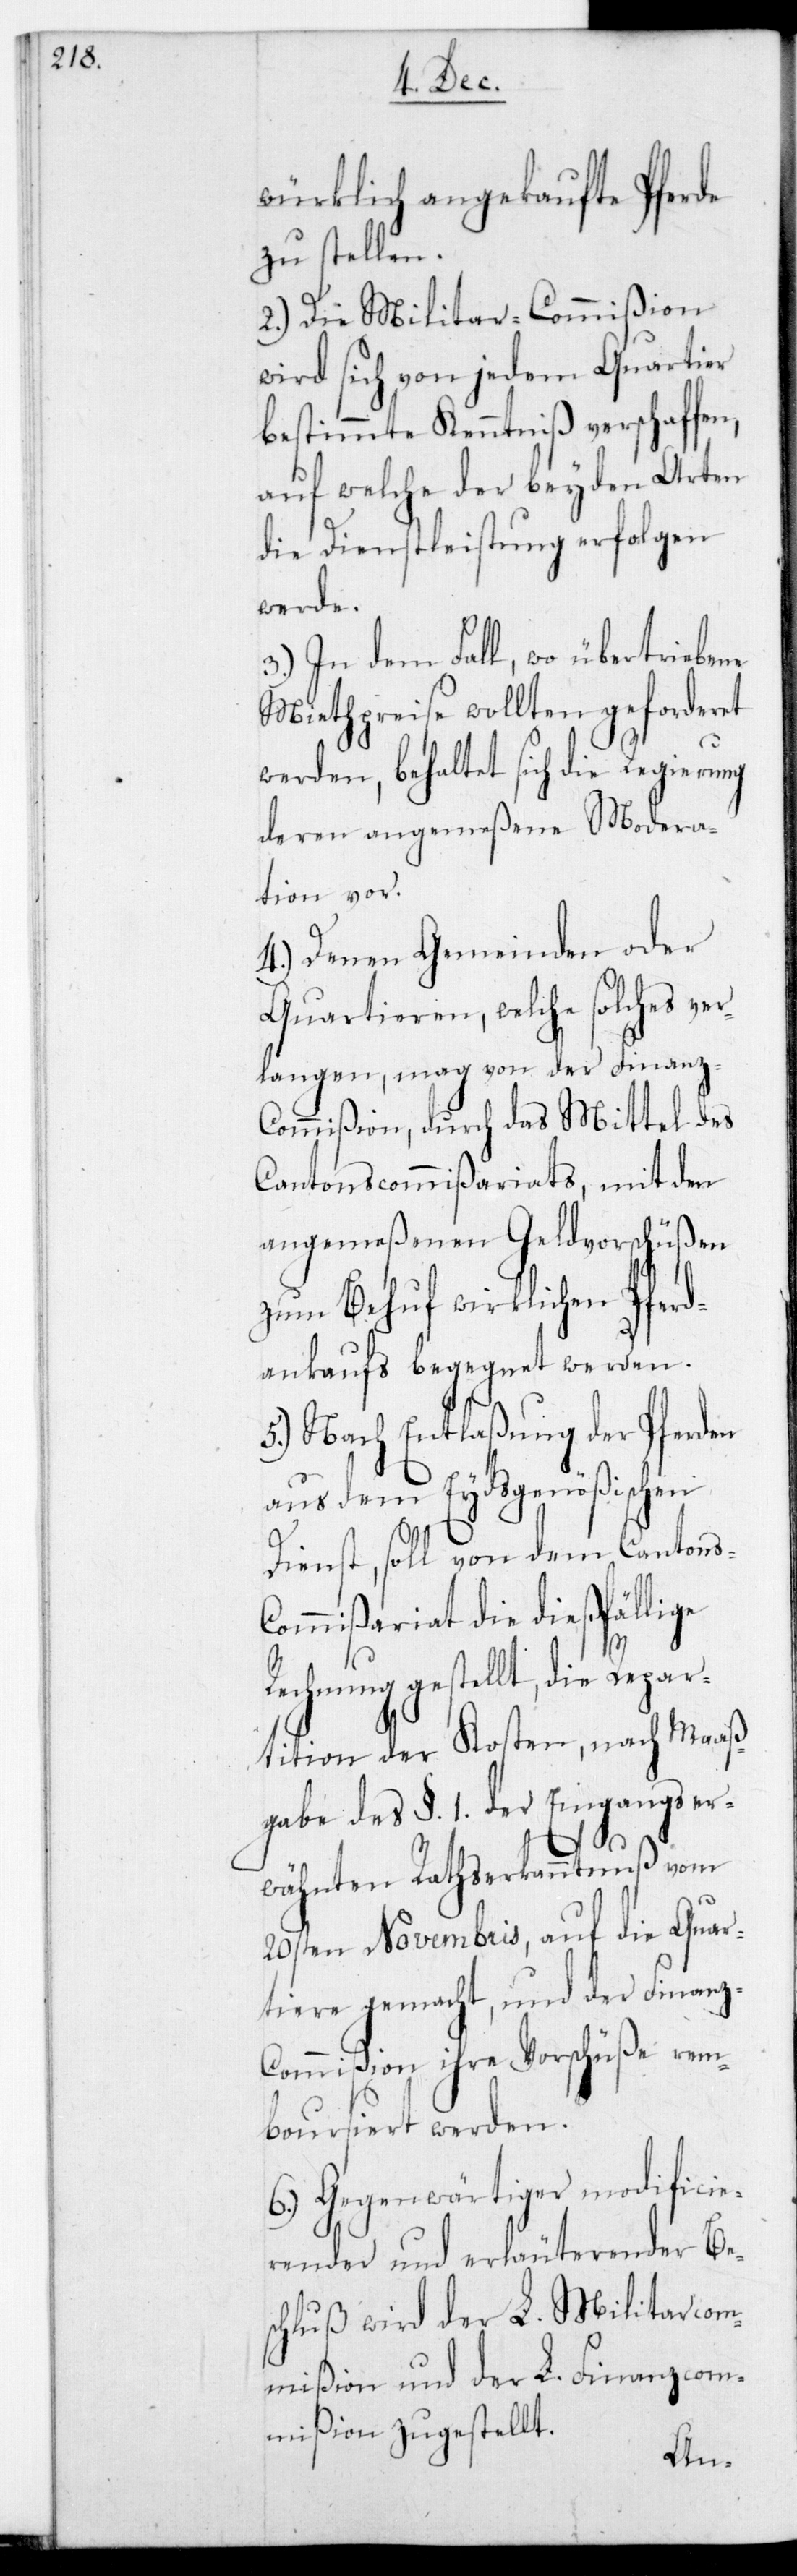
1. der
würklich angekaufte Pferde
zu stellen.
2.) Die Militar-Commißion
wird sich von jedem Quartier
bestimmte Kenntniß verschaffen,
auf welche der beyden Arten
die Dienstleistung erfolgen
werde.
3.) In dem Fall, wo übertriebene
Miehtpreise wollten geforderet
werden, behaltet sich die Regierung
deren angemeßene Modera¬
tion vor.
4.) Denen Gemeinden oder
Quartieren, welche solches ver¬
langen, mag von der Finanz-C¬
ommißion durch das Mittel des
Cantonscommißariats, mit den
angemeßenen Geldvorschüßen
zum Behuf wirklichen Pferd¬
ankaufs begegnet werden.
5.) Nach Entlaßung der Pferden
aus dem Eydsgenößischen
Dienst, soll von dem Canton¬
ommißariat die dießfällige
Rechnung gestellt, die Repar¬
tition der Kosten, nach Maaß¬
er¬
wähnten Rathserkanntnuß vom
20sten Novembris, auf die Quar¬
tiere gemacht, und der Finanz¬
commißion ihre Vorschüße rem¬
boursiert werden.
6.) Gegenwärtiger modificie¬
render und erläuterender Bes¬
chluß wird der L. Militar-Com¬
mißion und der L. Finanzcom¬
mißion zugestellt.